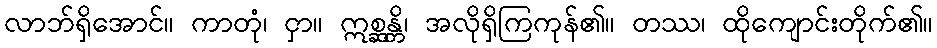
လာဘ်ရှိအောင်။ ကာတုံ၊ ငှာ။ ဣစ္ဆန္တိ၊ အလိုရှိကြကုန်၏။ တဿ၊ ထိုကျောင်းတိုက်၏။